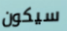
سيكون